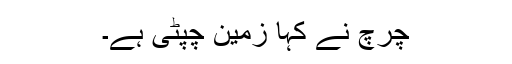
چرچ نے کہا زمین چپٹی ہے۔